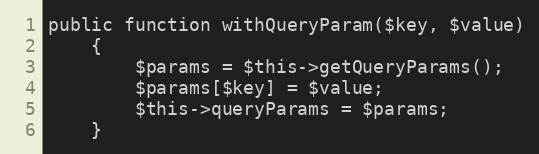
Language: PHP
public function withQueryParam($key, $value)
    {
        $params = $this->getQueryParams();
        $params[$key] = $value;
        $this->queryParams = $params;
    }